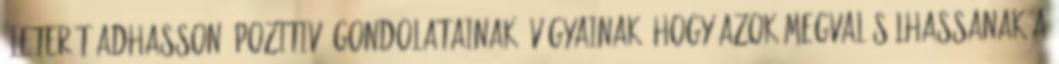
ÉletErőt adhasson -pozitiv- gondolatainak, vágyainak, hogy azok megvalósúlhassanak a